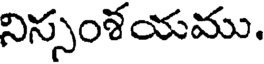
నిస్సంశయము.